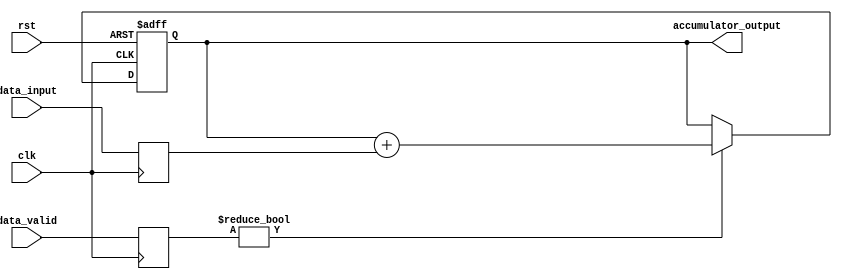
module parallel_accumulator (
    input clk,
    input rst,
    input [7:0] data_input,
    input [7:0] data_valid,
    output reg [15:0] accumulator_output
);

reg [15:0] accumulator;
reg [7:0] data_input_reg;
reg [7:0] data_valid_reg;

always @(posedge clk or posedge rst) begin
    if (rst) begin
        accumulator <= 16'b0;
    end else begin
        if (data_valid_reg) begin
            accumulator <= accumulator + data_input_reg;
        end
    end
end

always @(posedge clk) begin
    data_input_reg <= data_input;
    data_valid_reg <= data_valid;
end

assign accumulator_output = accumulator;

endmodule